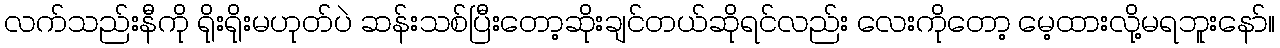
လက်သည်းနီကို ရိုးရိုးမဟုတ်ပဲ ဆန်းသစ်ပြီးတော့ဆိုးချင်တယ်ဆိုရင်လည်း လေးကိုတော့ မေ့ထားလို့မရဘူးနော်။